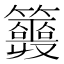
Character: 𥷣